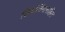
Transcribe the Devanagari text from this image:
शिवलिंगासहित